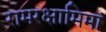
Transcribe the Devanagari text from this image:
रामरक्षामिमां